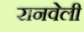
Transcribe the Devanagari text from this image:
रानवेली